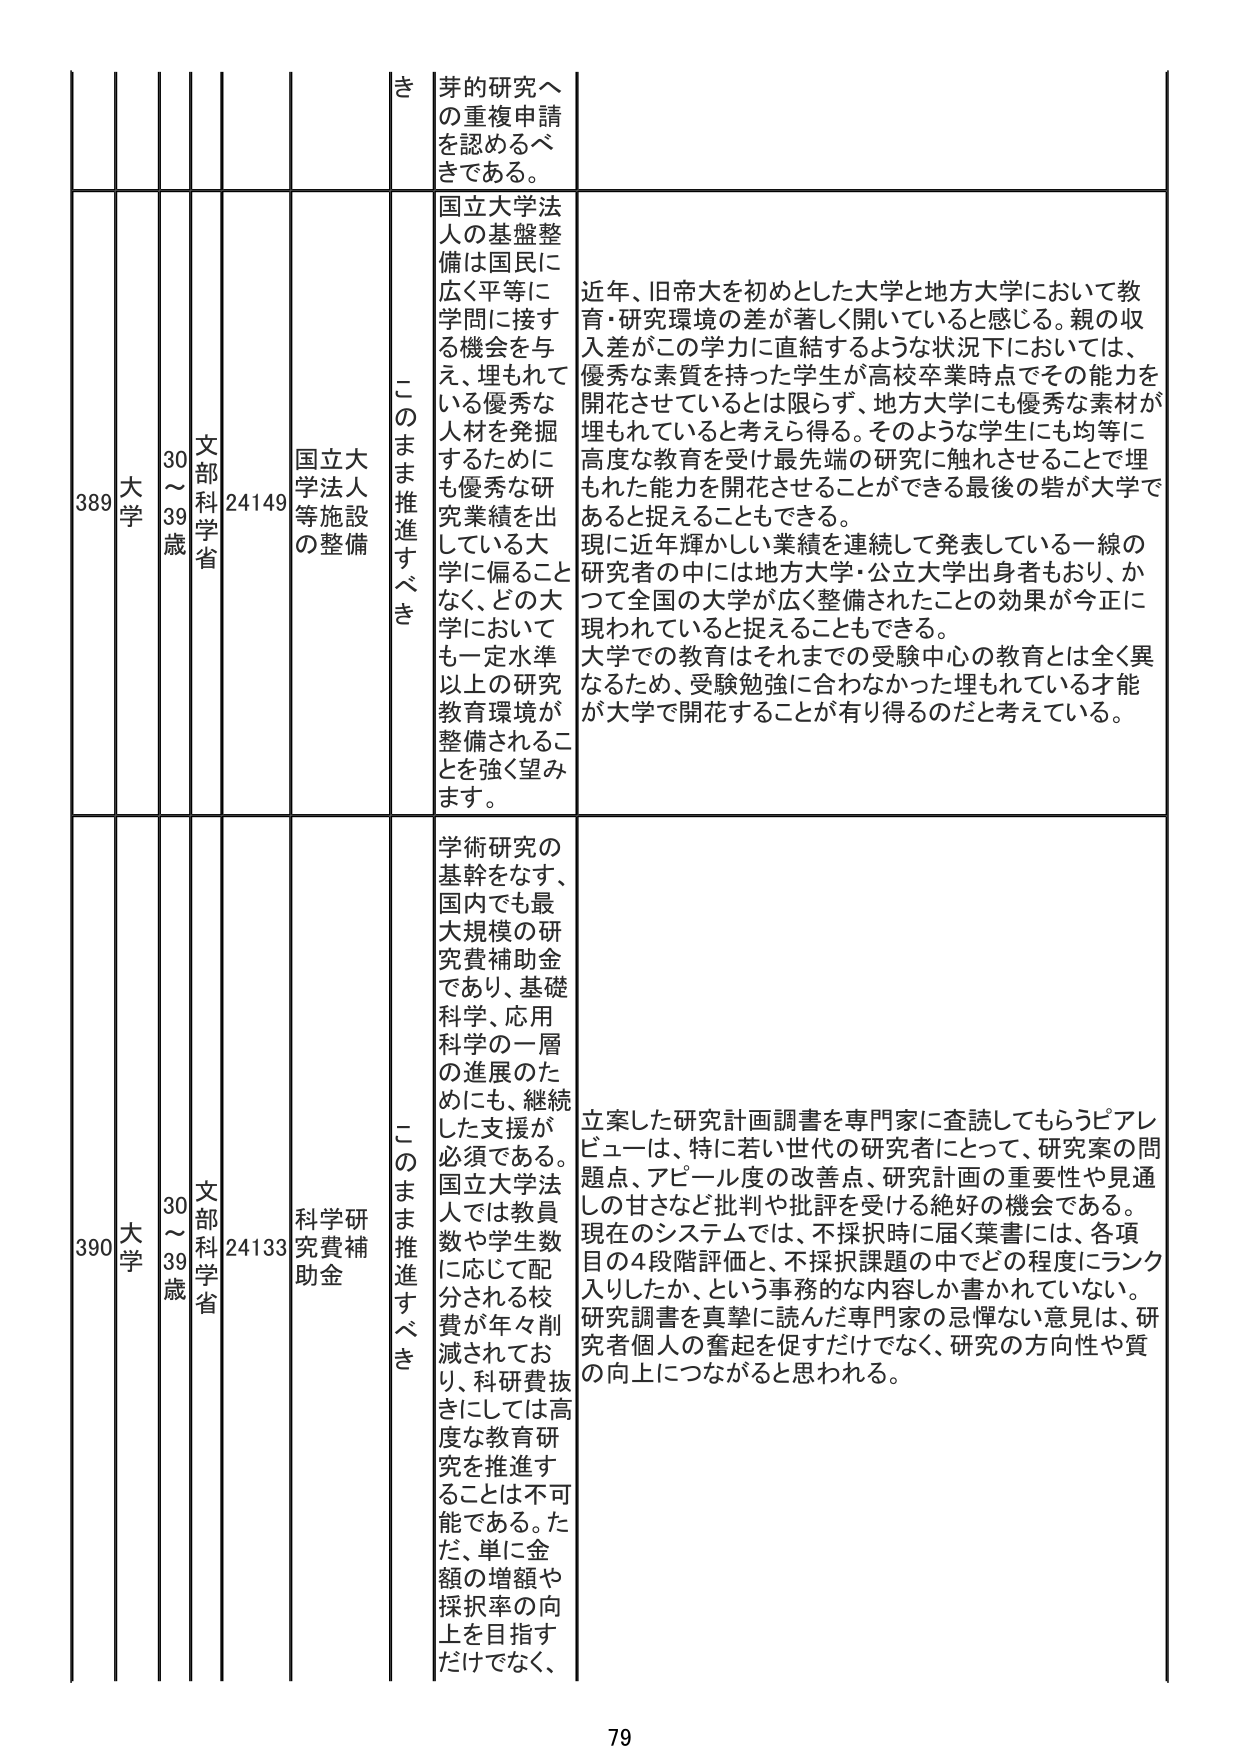
389 大学 30～39歳 文部科学省 24149 国立大学法人等施設の整備 き このまま推進すべき 芽の研究への重複申請を認めるべきである。 国立大学法人の基盤整備は国民に広く平等に学問に接する機会を与え、埋もれている優秀な人材を発掘するためにも優秀な研究業績を出している大学に偏ることなく、どの大学においても一定水準以上の研究教育環境が整備されることを強く望みます。 近年、旧帝大を初めとした大学と地方大学において教育・研究環境の差が著しく開いていると感じる。親の収入差がこの学力に直結するような状況下においては、優秀な素質を持った学生が高校卒業時点でその能力を開花させているとは限らず、地方大学にも優秀な素材が埋もれていると考えら得る。そのような学生にも均等に高度な教育を受け最先端の研究に触れさせることで埋もれた能力を開花させることができる最後の砦が大学であると捉えることもできる。 現に近年輝かしい業績を連続して発表している一線の研究者の中には地方大学・公立大学出身者もおり、かつて全国の大学が広く整備されたことの効果が今正に現われていると捉えることもできる。 大学での教育はそれまでの受験中心の教育とは全く異なるため、受験勉強に合わなかった埋もれている才能が大学で開花することが有り得るのだと考えている。

390 大学 30～39歳 文部科学省 24133 科学研究費補助金 このまま推進すべき 学術研究の基幹をなす、国内でも最大規模の研究費補助金であり、基礎科学、応用科学の一層の進展のためにも、継続した支援が必要である。国立大学法人では教員数や学生数に応じて配分される校費が年々削減されており、科研費抜きにしては高度な教育研究を推進することは不可能である。ただ、単に金額の増額や採択率の向上を目指すだけでなく、 立案した研究計画調書を専門家に査読してもらうピアレビューは、特に若い世代の研究者にとって、研究案の問題点、アピール度の改善点、研究計画の重要性や見通しの甘さなど批判や批評を受ける絶好の機会である。現在のシステムでは、不採択時に届く葉書には、各項目の4段階評価と、不採択課題の中でどの程度にランク入りしたか、という事務的な内容しか書かれていない。研究調書を真摯に読んだ専門家の忌憚ない意見は、研究者個人の奮起を促すだけでなく、研究の方向性や質の向上につながると思われる。

79